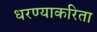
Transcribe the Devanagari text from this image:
धरण्याकरिता